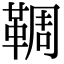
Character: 𩋙